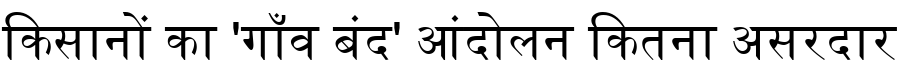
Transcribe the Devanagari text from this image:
किसानों का 'गाँव बंद' आंदोलन कितना असरदार